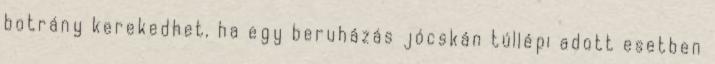
botrány kerekedhet, ha egy beruházás jócskán túllépi adott esetben